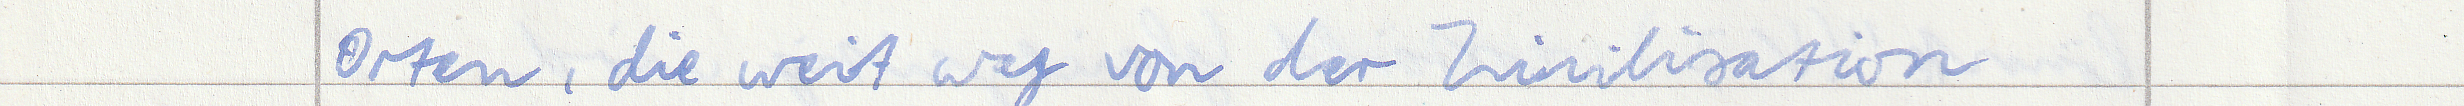
Orten, die weit weg von der Zivilisation